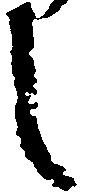
し